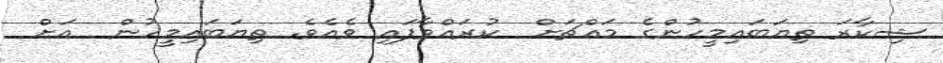
ޝިކާރަ ތިޔަބައިމީހުންގެ މައްޗަށް  ކުރައްވާފައި ވެއެވެ. ތިޔަބައިމީހުން  އަށް